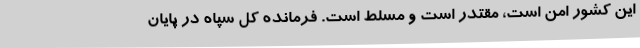
این کشور امن است، مقتدر است و مسلط است. فرمانده کل سپاه در پایان